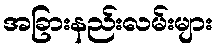
အခြားနည်းလမ်းများ